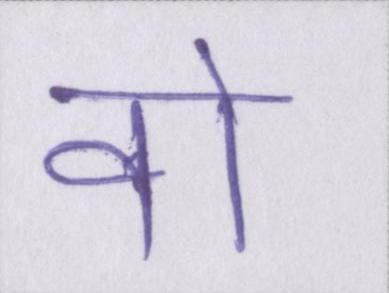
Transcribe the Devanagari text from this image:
वो